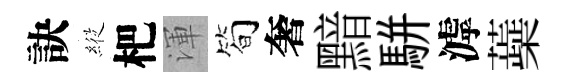
訣𦂵杷渾筍奢黯駢滹蘃